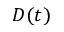
D ( t )